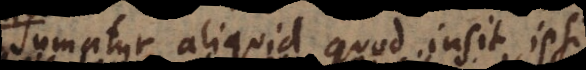
Sumatur aliquid quod insit ipsi